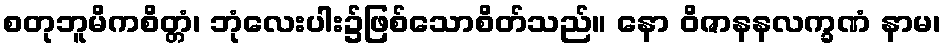
စတုဘူမိကစိတ္တံ၊ ဘုံလေးပါး၌ဖြစ်သောစိတ်သည်။ နော ဝိဇာနနလက္ခဏံ နာမ၊